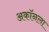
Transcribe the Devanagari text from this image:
अकॉनला